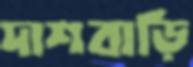
দাশবাড়ি